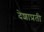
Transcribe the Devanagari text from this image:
देशाप्रती